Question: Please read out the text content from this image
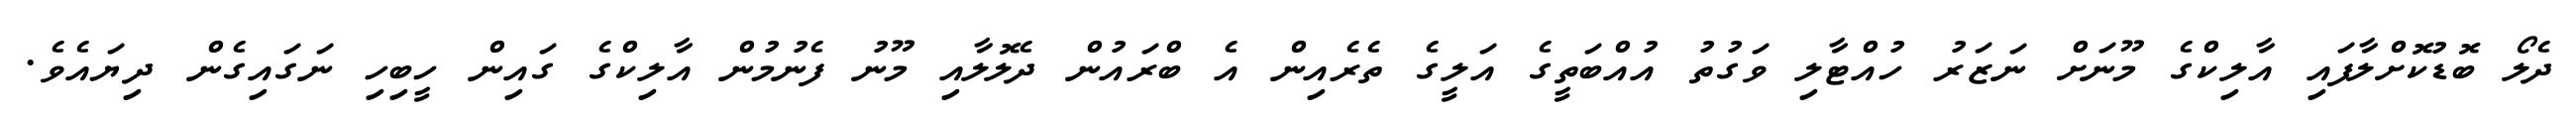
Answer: ދެލޯ ބޮޑުކޮށްލާފައި އާލިކްގެ މޫނަށް ނަޒަރު ހުއްޓާލި ވަގުތު އުއްބަތީގެ އަލީގެ ތެރެއިން އެ ބްރައުން ދެލޮލާއި މޫނު ފެނުމުން އާލިކްގެ ގައިން ހީބިހި ނަގައިގެން ދިޔައެވެ.